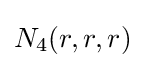
N_{4}(r,r,r)